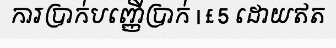
ការប្រាក់បញ្ញើប្រាក់ | £ 5 ដោយឥត